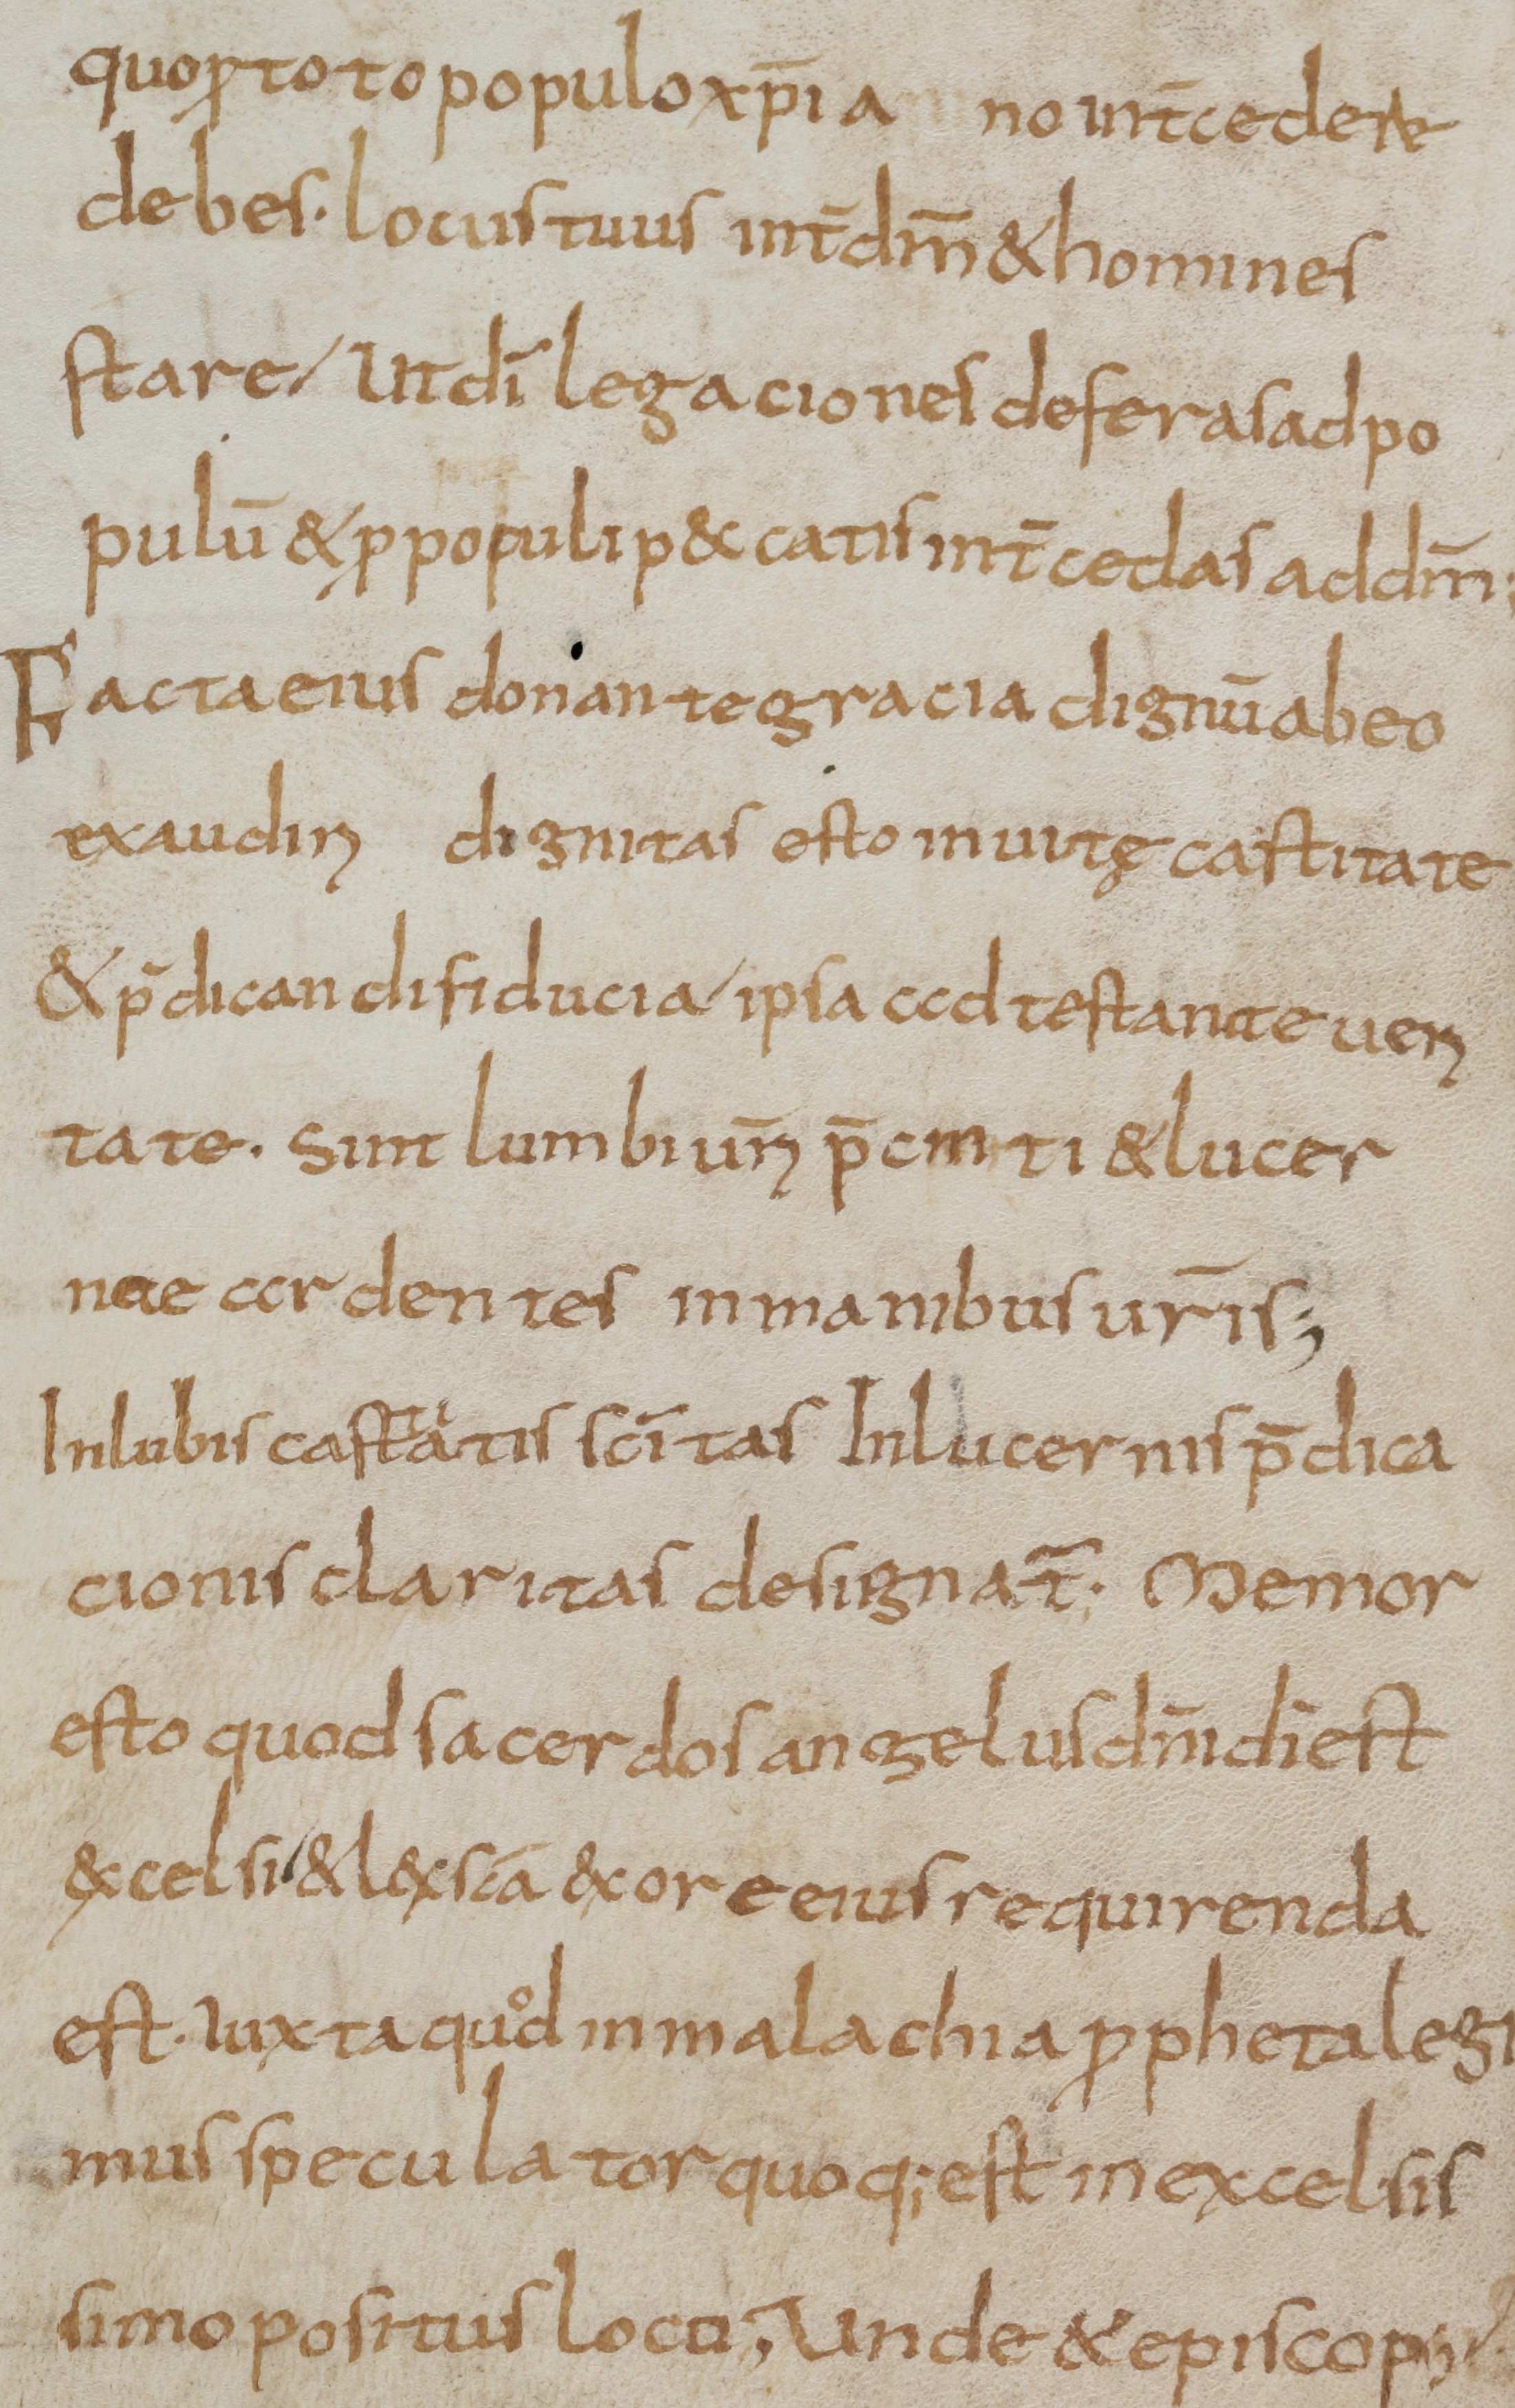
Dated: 800–830